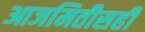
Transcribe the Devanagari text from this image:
आजमितीसही